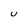
Character: U